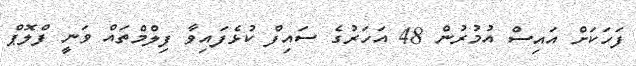
ފަހަކަށް އައިސް އުމުރުން 48 އަހަރުގެ ސައިފް ކުޅެފައިވާ ފިލްމްތައް ވަނީ ފްލޮޕް